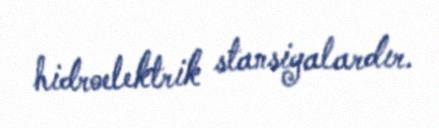
hidroelektrik stansiyalardır.